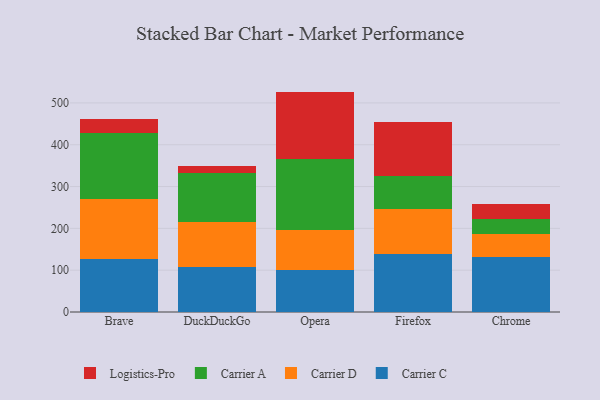
{"axis": {"x": "Browser", "y": "Conversion Rate (%)"}, "legend": ["Carrier A", "Carrier C", "Carrier D", "Logistics-Pro"], "data": [{"x": "Brave", "y": 126.5, "type": "Carrier C"}, {"x": "Brave", "y": 142.6, "type": "Carrier D"}, {"x": "Brave", "y": 158.0, "type": "Carrier A"}, {"x": "Brave", "y": 35.4, "type": "Logistics-Pro"}, {"x": "DuckDuckGo", "y": 108.0, "type": "Carrier C"}, {"x": "DuckDuckGo", "y": 106.5, "type": "Carrier D"}, {"x": "DuckDuckGo", "y": 118.6, "type": "Carrier A"}, {"x": "DuckDuckGo", "y": 14.9, "type": "Logistics-Pro"}, {"x": "Opera", "y": 99.6, "type": "Carrier C"}, {"x": "Opera", "y": 96.5, "type": "Carrier D"}, {"x": "Opera", "y": 170.1, "type": "Carrier A"}, {"x": "Opera", "y": 160.9, "type": "Logistics-Pro"}, {"x": "Firefox", "y": 139.4, "type": "Carrier C"}, {"x": "Firefox", "y": 106.0, "type": "Carrier D"}, {"x": "Firefox", "y": 80.0, "type": "Carrier A"}, {"x": "Firefox", "y": 129.7, "type": "Logistics-Pro"}, {"x": "Chrome", "y": 130.7, "type": "Carrier C"}, {"x": "Chrome", "y": 56.7, "type": "Carrier D"}, {"x": "Chrome", "y": 35.1, "type": "Carrier A"}, {"x": "Chrome", "y": 36.9, "type": "Logistics-Pro"}]}